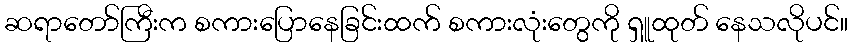
ဆရာတော်ကြီးက စကားပြောနေခြင်းထက် စကားလုံးတွေကို ရှူထုတ် နေသလိုပင်။